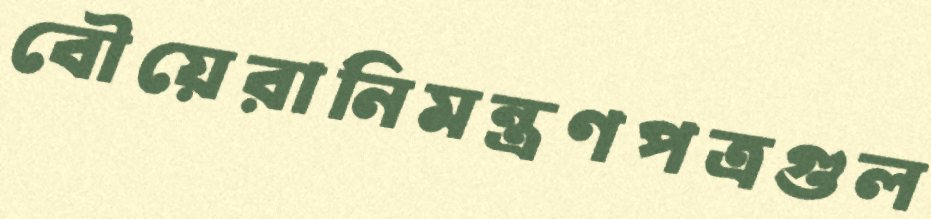
বৌয়েরানিমন্ত্রণপত্রগুল